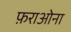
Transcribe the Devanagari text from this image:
फ़राओना